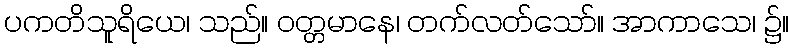
ပကတိသူရိယေ၊ သည်။ ဝတ္တမာနေ၊ တက်လတ်သော်။ အာကာသေ၊ ၌။